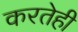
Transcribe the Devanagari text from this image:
करतेही